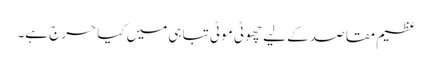
عظیم مقاصد کے لیے چھوٹی موٹی تباہی میں کیا حرج ہے۔